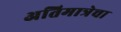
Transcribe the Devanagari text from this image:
अतिमात्रेचा